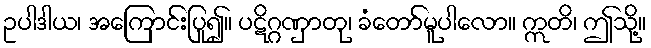
ဥပါဒါယ၊ အကြောင်းပြု၍။ ပဋိဂ္ဂဏှာတု၊ ခံတော်မူပါလော။ ဣတိ၊ ဤသို့။